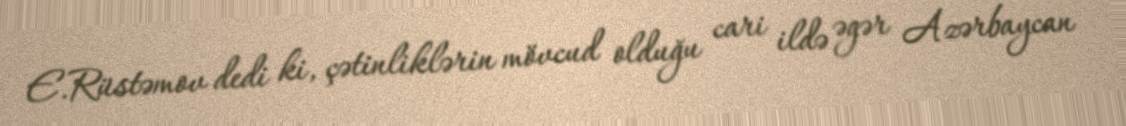
E.Rüstəmov dedi ki, çətinliklərin mövcud olduğu cari ildə əgər Azərbaycan